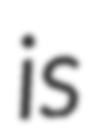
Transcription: is